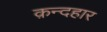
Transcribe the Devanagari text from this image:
क़न्दहार